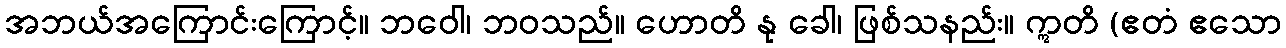
အဘယ်အကြောင်းကြောင့်။ ဘဝေါ၊ ဘဝသည်။ ဟောတိ နု ခေါ၊ ဖြစ်သနည်း။ ဣတိ (ဧတံ ဧသော